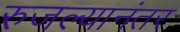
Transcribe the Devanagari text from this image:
रुजल्यानंतर